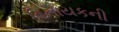
વિનાયકની